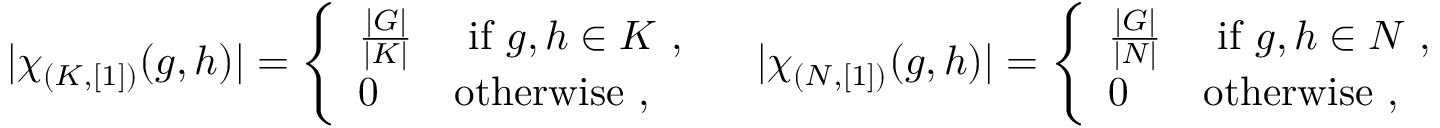
| \chi _ { ( K , [ 1 ] ) } ( g , h ) | = \left\{ \begin{array} { l l } { \frac { | G | } { | K | } } & { \mathrm { ~ i f ~ } g , h \in K ~ , } \\ { 0 } & { \mathrm { o t h e r w i s e } ~ , } \end{array} \right. \quad | \chi _ { ( N , [ 1 ] ) } ( g , h ) | = \left\{ \begin{array} { l l } { \frac { | G | } { | N | } } & { \mathrm { ~ i f ~ } g , h \in N ~ , } \\ { 0 } & { \mathrm { o t h e r w i s e } ~ , } \end{array} \right.